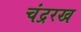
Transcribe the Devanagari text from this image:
चंद्ररख